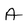
Character: A